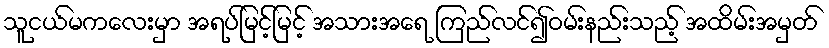
သူငယ်မကလေးမှာ အရပ်မြင့်မြင့် အသားအရေ ကြည်လင်၍ဝမ်းနည်းသည့် အထိမ်းအမှတ်